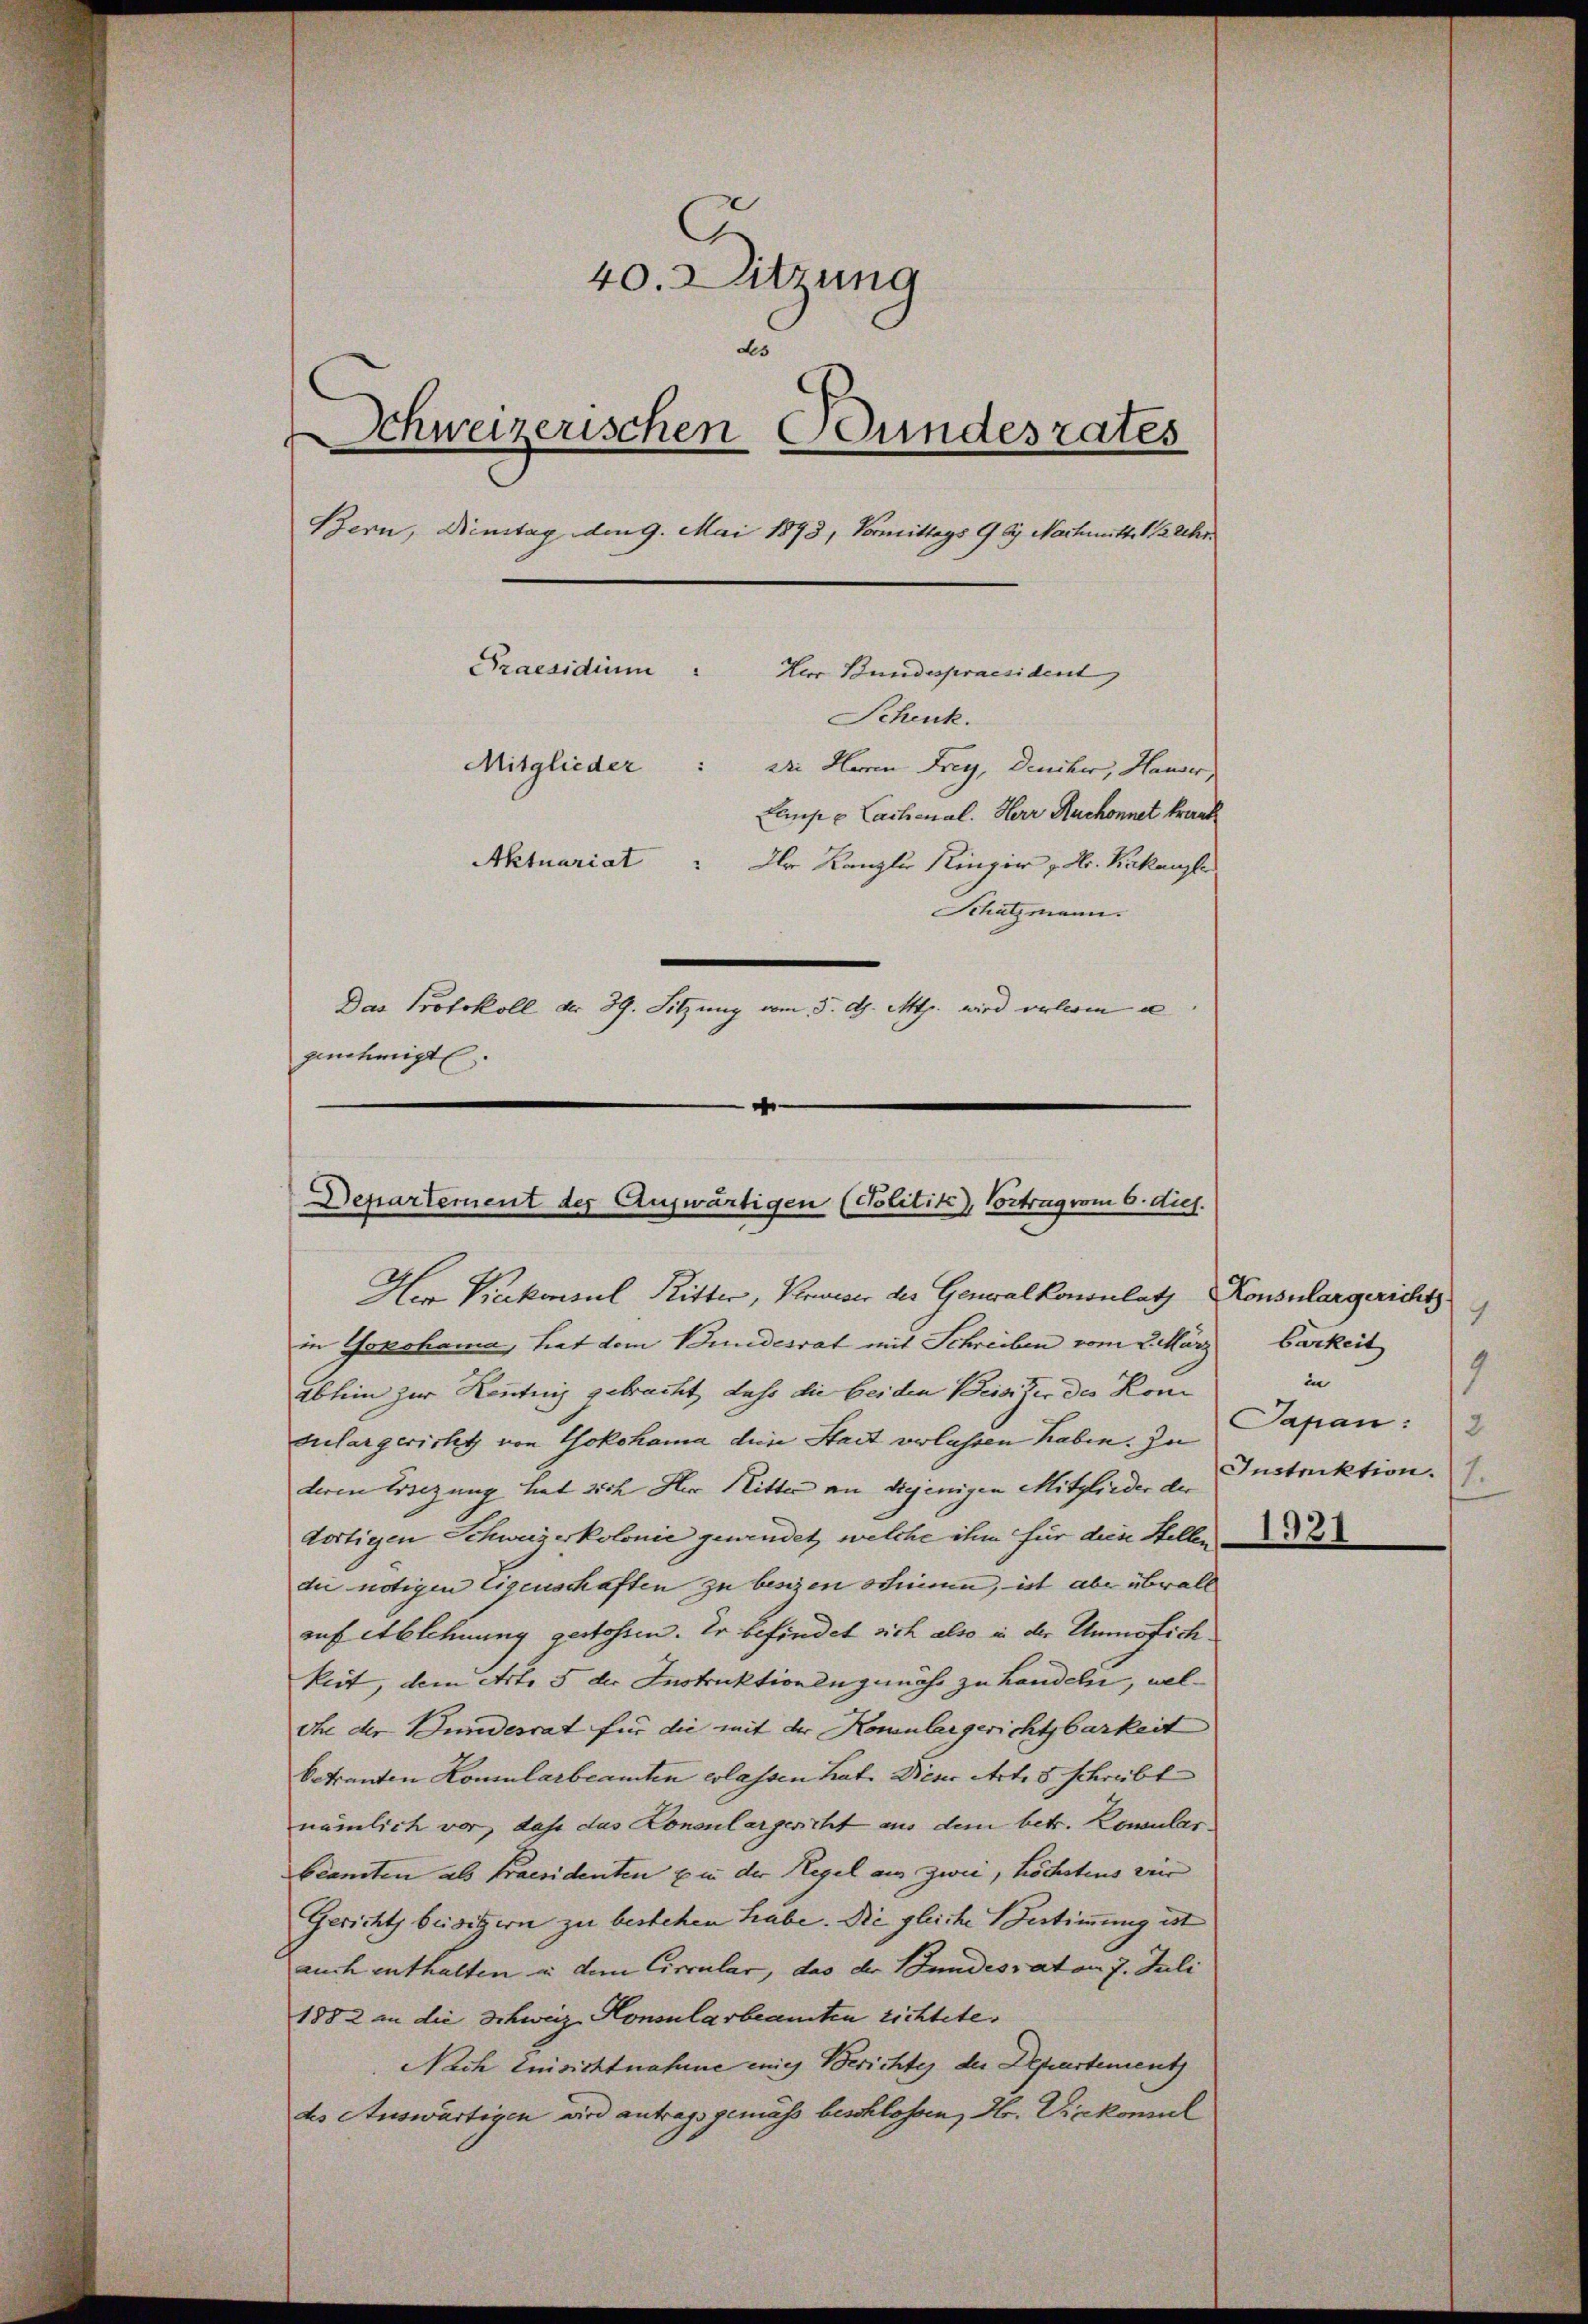
40. Sitzung
d
Schweizerischen Bundesrates
d
Bern, Dienstag den 9. Mai 1893, Vormittags 9 bei Nachmittel 12 Uhr.
Praesidium
Herr Bundespraesident
Schenk.
Mitglieder: Die Herren Frey, Deucher, Hauser
Lampe Lachenal. Herr Ruchonnet krank
Aktuariat
" Iler Kanzler Ringer " Hr. Kakanzle
Schatzmann.
Das Protokoll der 39. Sitzung vom 5. d. Mts. wird volerin a
genehmigt.
d

Departement der Auswärtigen (Politik, Vortrag vom 6. dies.
He Prekonsul Ritter, Verweser der Generalkononlath

in Yokohama, hat dem Bundesrat mit Schreiben vom 2. März
ablein zur Kenntnis gebracht, dass die beiden Beisizer des Kom
dulargericht von Yokohama diese Stadt verlassen haben. Zu
deren Ersezung hat sich Herr Ritter an diejenigen Mitglieder der
dortigen Schweizerkolonie gewendet, welche ihm für diese Stellen
die nötigen Eigenschaften zu besizen schien, ist aber überall
auf Ablehnung gestossen. Er befindet sich also in der Unmöfich
keit, dem Art. 5 der Instruktionengemäss zu handeln, welohne der Bundesrat für die mit der Komulargerichtbarkeit
betrauten Komularbeamten erlassen hat. Diener Art. 8 schreibt
nämlich vor, dass das Konsulargericht aus dem betr. Komular-
Beamten als Praesidenten zu der Regel aus zwei, höchstens wir
Gericht beisigern zu bestehen habe. Die gleiche Bestimmung ist
auch enthalten in dem Circular, das der Bundesrat am 7. Juli
1882 an die Schweiz. Konsularbeamten richtete.
Nach Einsichtnahme enig Berichtes der Departement
des Auswärtigen wird antrags gemäss beschlossen, Hr. Vickomul

Konsulargerichts.
9
barkeit
9
in
1
Sapan:
2
Instruktion.
1921